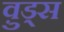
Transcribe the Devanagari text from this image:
व़ुड्स